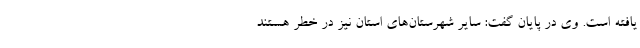
یافته است. وی در پایان گفت: سایر شهرستان‌های استان نیز در خطر هستند